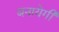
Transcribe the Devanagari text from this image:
बनायेगी